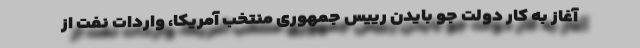
آغاز به کار دولت جو بایدن رییس جمهوری منتخب آمریکا، واردات نفت از